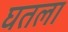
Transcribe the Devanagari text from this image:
घतला